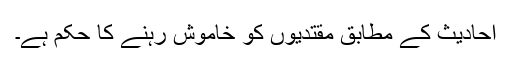
احادیث کے مطابق مقتدیوں کو خاموش رہنے کا حکم ہے۔